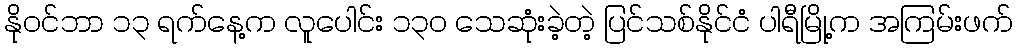
နိုဝင်ဘာ ၁၃ ရက်နေ့က လူပေါင်း ၁၃၀ သေဆုံးခဲ့တဲ့ ပြင်သစ်နိုင်ငံ ပါရီမြို့က အကြမ်းဖက်